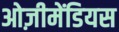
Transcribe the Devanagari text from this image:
ओज़ीमेंडियस